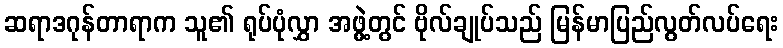
ဆရာဒဂုန်တာရာက သူ၏ ရုပ်ပုံလွှာ အဖွဲ့တွင် ဗိုလ်ချုပ်သည် မြန်မာပြည်လွတ်လပ်ရေး